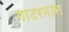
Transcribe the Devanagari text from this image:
गाटरमान